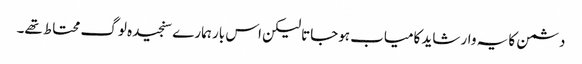
دشمن کا یہ وار شاید کامیاب ہوجاتا لیکن اس بار ہمارے سنجیدہ لوگ محتاط تھے۔